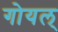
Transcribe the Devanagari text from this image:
गोयल्